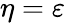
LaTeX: \eta=\varepsilon